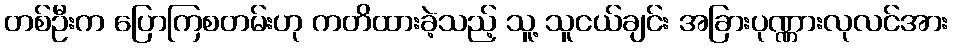
တစ်ဦးက ပြောကြစတမ်းဟု ကတိထားခဲ့သည့် သူ့ သူငယ်ချင်း အခြားပုဏ္ဏားလုလင်အား